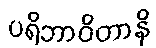
ပရိဘာဝိတာနိ